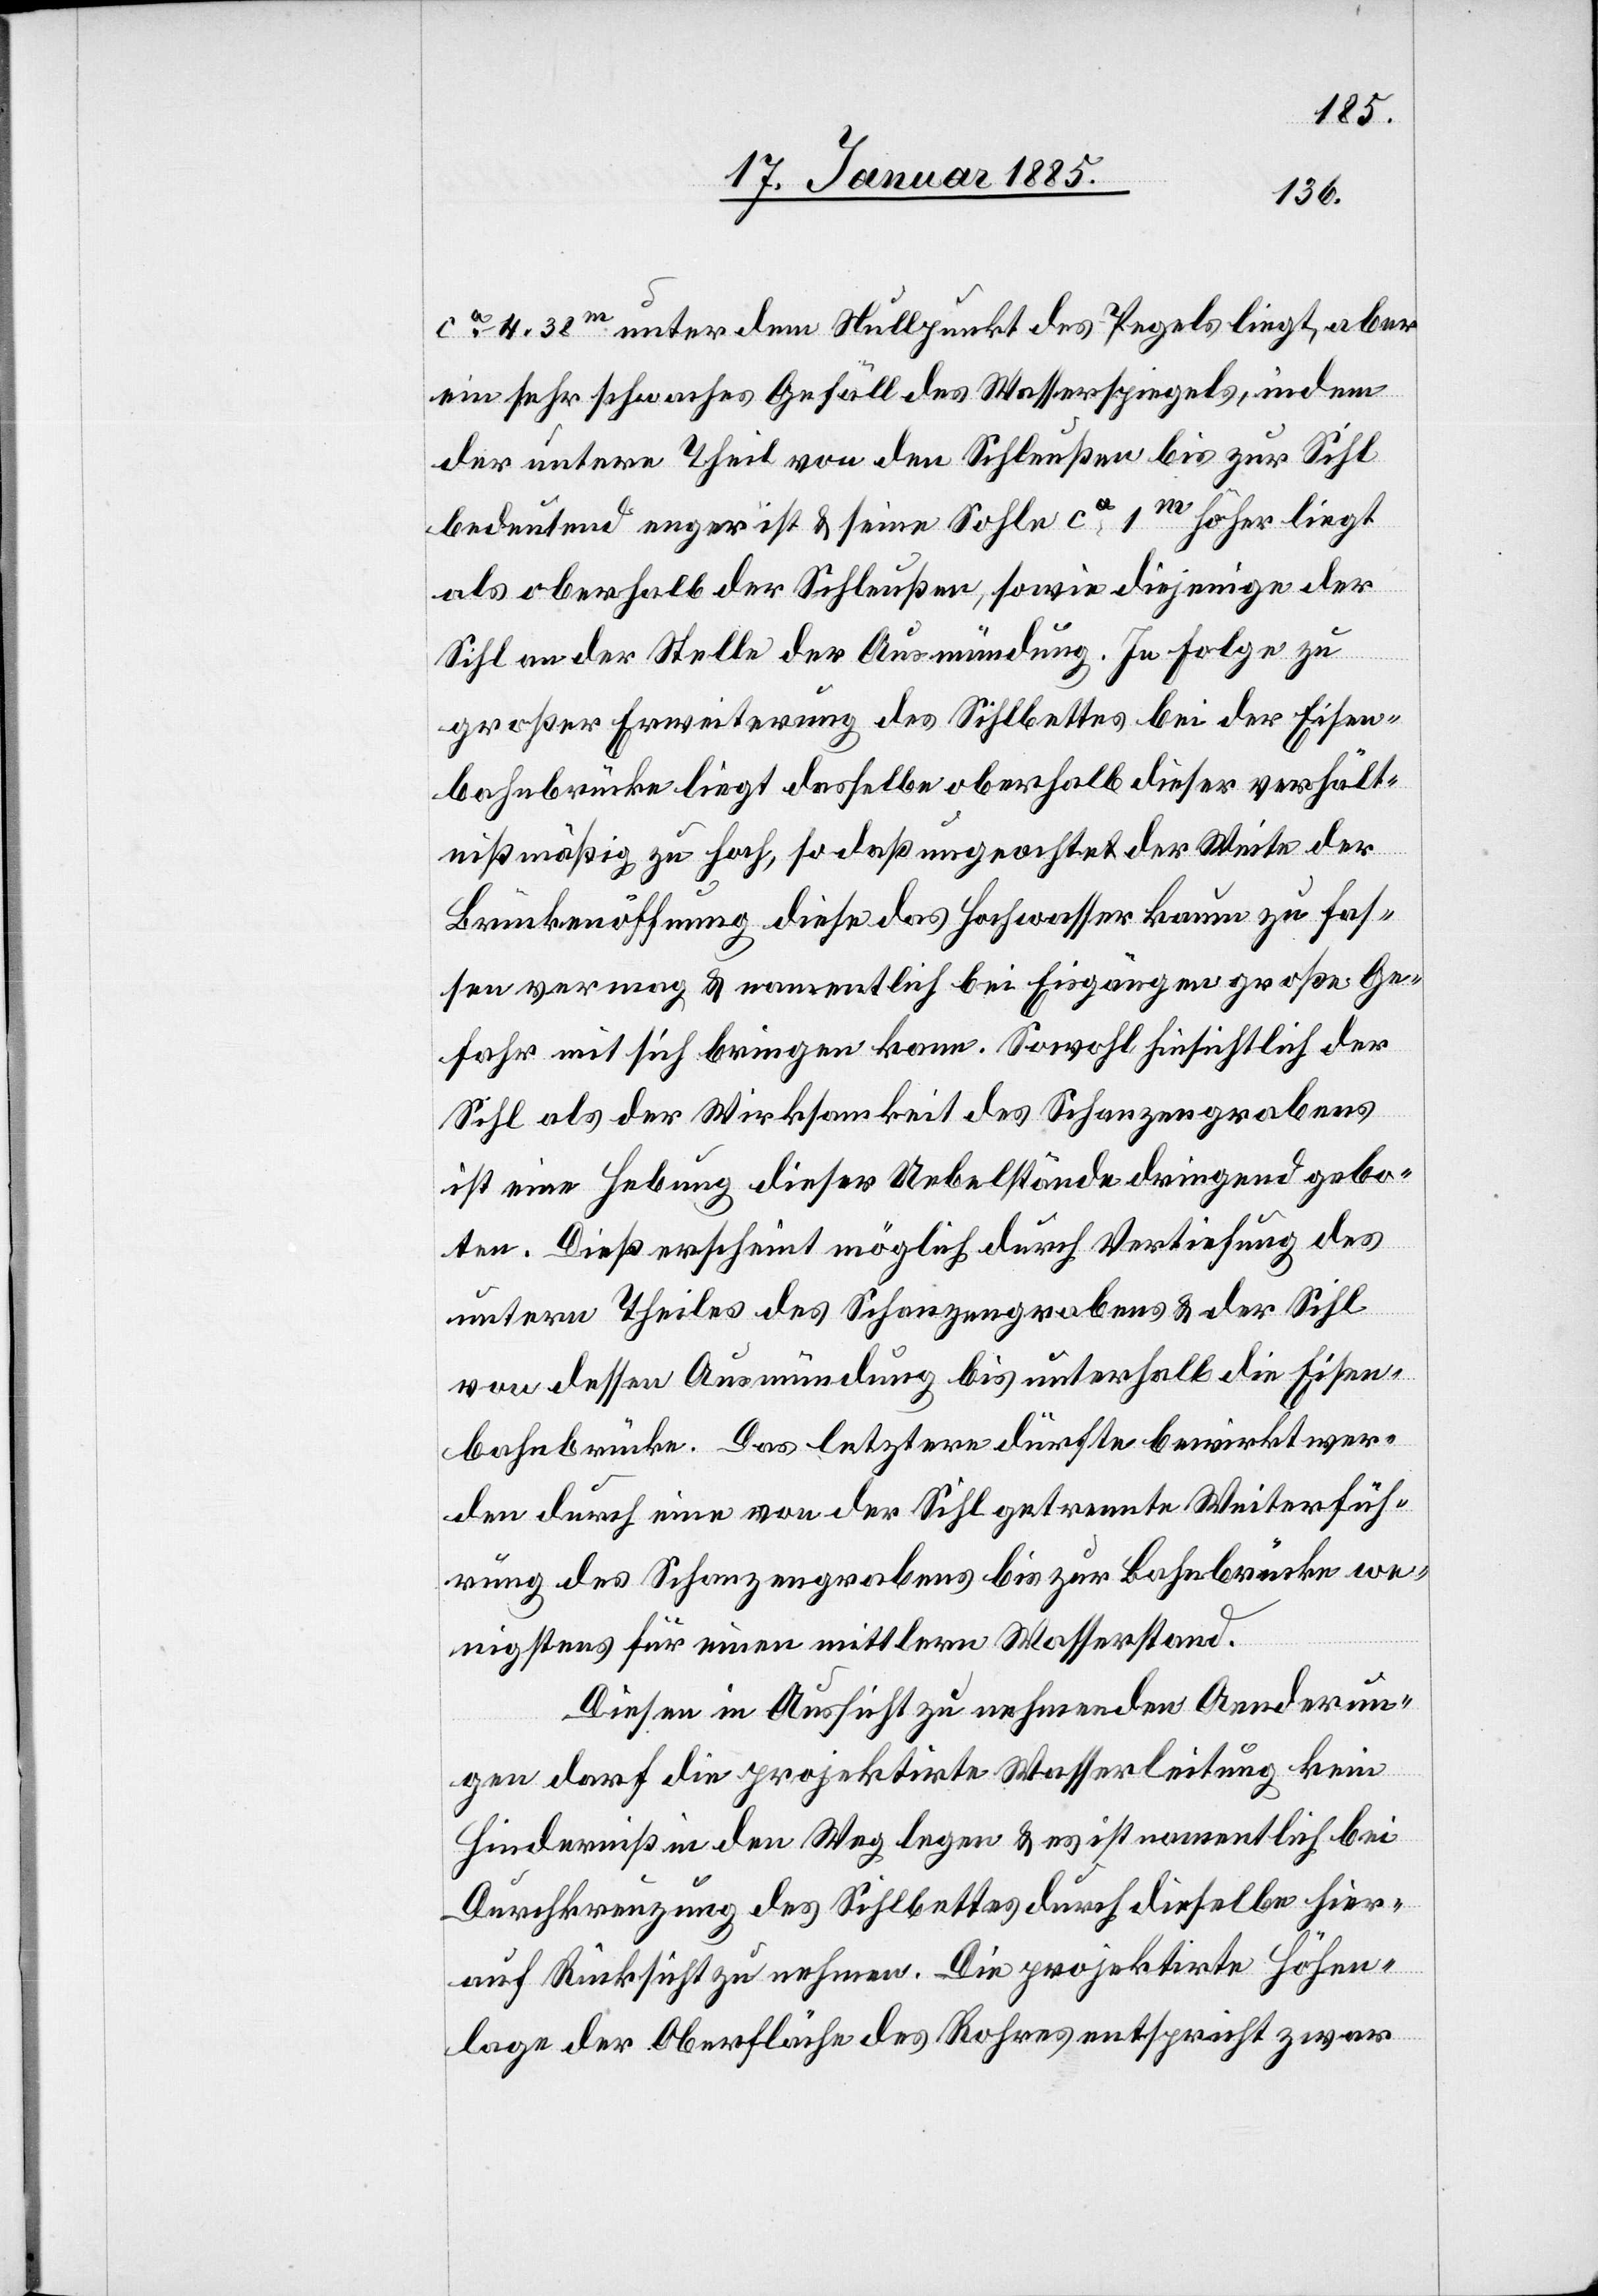
ca 4,38m unter dem Nullpunkt des Pegels liegt, aber
ein sehr schwaches Gefäll des Wasserspiegels, indem
der untere Theil von den Schleußen bis zur Sihl
bedeutend enger ist & seine Sohle ca 1m höher liegt
als oberhalb der Schleußen, sowie diejenigen der
Sihl an der Stelle der Ausmündung. In Folge zu
großer Erweiterung des Sihlbettes bei der Eisen¬
bahnbrücke liegt dasselbe oberhalb dieser verhält¬
nißmäßig zu hoch, so daß ungeachtet der Weite der
Brückenöffnung diese das Hochwasser kaum zu fas¬
sen vermag & namentlich bei Eisgängen große Ge¬
fahr mit sich bringen kann. Sowohl hinsichtlich der
Sihl als der Wirksamkeit des Schanzengrabens
ist eine Hebung dieser Uebelstände dringend gebo¬
ten. Dieß erscheint möglich durch Vertiefung des
untern Theiles des Schanzengrabens & der Sihl
von dessen Ausmündung bis unterhalb die Eisen¬
bahnbrücke. Das letztere dürfte bewirkt wer¬
den durch eine von der Sihl getrennte Weiterfüh¬
rung des Schanzengrabens bis zur Bahnbrücke we¬
nigstens für einen mittlern Wasserstand.
Diesen in Aussicht zu nehmenden Aenderun¬
gen darf die projektirte Wasserleitung kein
Hinderniß in den Weg legen & es ist namentlich bei
Durchkreuzung des Sihlbettes durch dieselbe hier¬
auf Rücksicht zu nehmen. Die projektirte Höhen¬
lage der Oberfläche des Rohres entspricht zwar